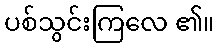
ပစ်သွင်းကြလေ ၏။